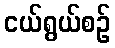
ငယ်ရွယ်စဉ်